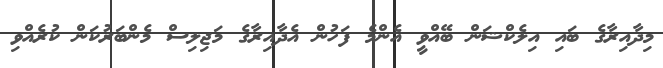
މިދާއިރާގެ ބައި އިލެކްޝަން ބޭއްވީ އެންމެ ފަހުން އެދާއިރާގެ މަޖިލިސް މެންބަރުކަން ކުރެއްވި